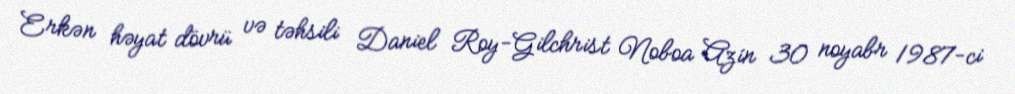
Erkən həyat dövrü və təhsili Daniel Roy-Gilchrist Noboa Azín 30 noyabr 1987-ci